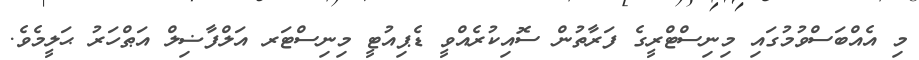
މި އެއްބަސްވުމުގައި މިނިސްޓްރީގެ ފަރާތުން ސޮއިކުރެއްވީ ޑެޕިއުޓީ މިނިސްޓަރ އަލްފާޟިލް އަޠްހަރު ޙަލީމެވެ.